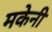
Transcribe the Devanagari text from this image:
मकेनी